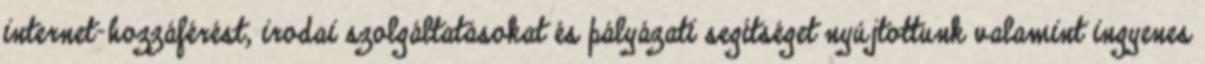
internet-hozzáférést, irodai szolgáltatásokat és pályázati segítséget nyújtottunk valamint ingyenes